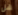
هل